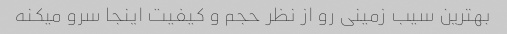
بهترین سیب زمینی رو از نظر حجم و کیفیت اینجا سرو میکنه